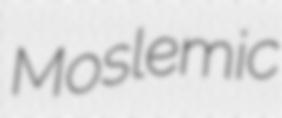
Moslemic